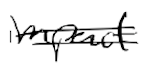
Text: impact
Cross-out: double-line
Writing tool: digital_black